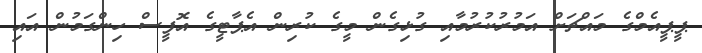
ޕީޕީއެމްގެ މައްޗަށް އަމުރުކުރުމާއި ގުޅިގެން މީގެ ކުރިން އެޕާޓީގެ އޮފީސް ހިންގަމުން އައި